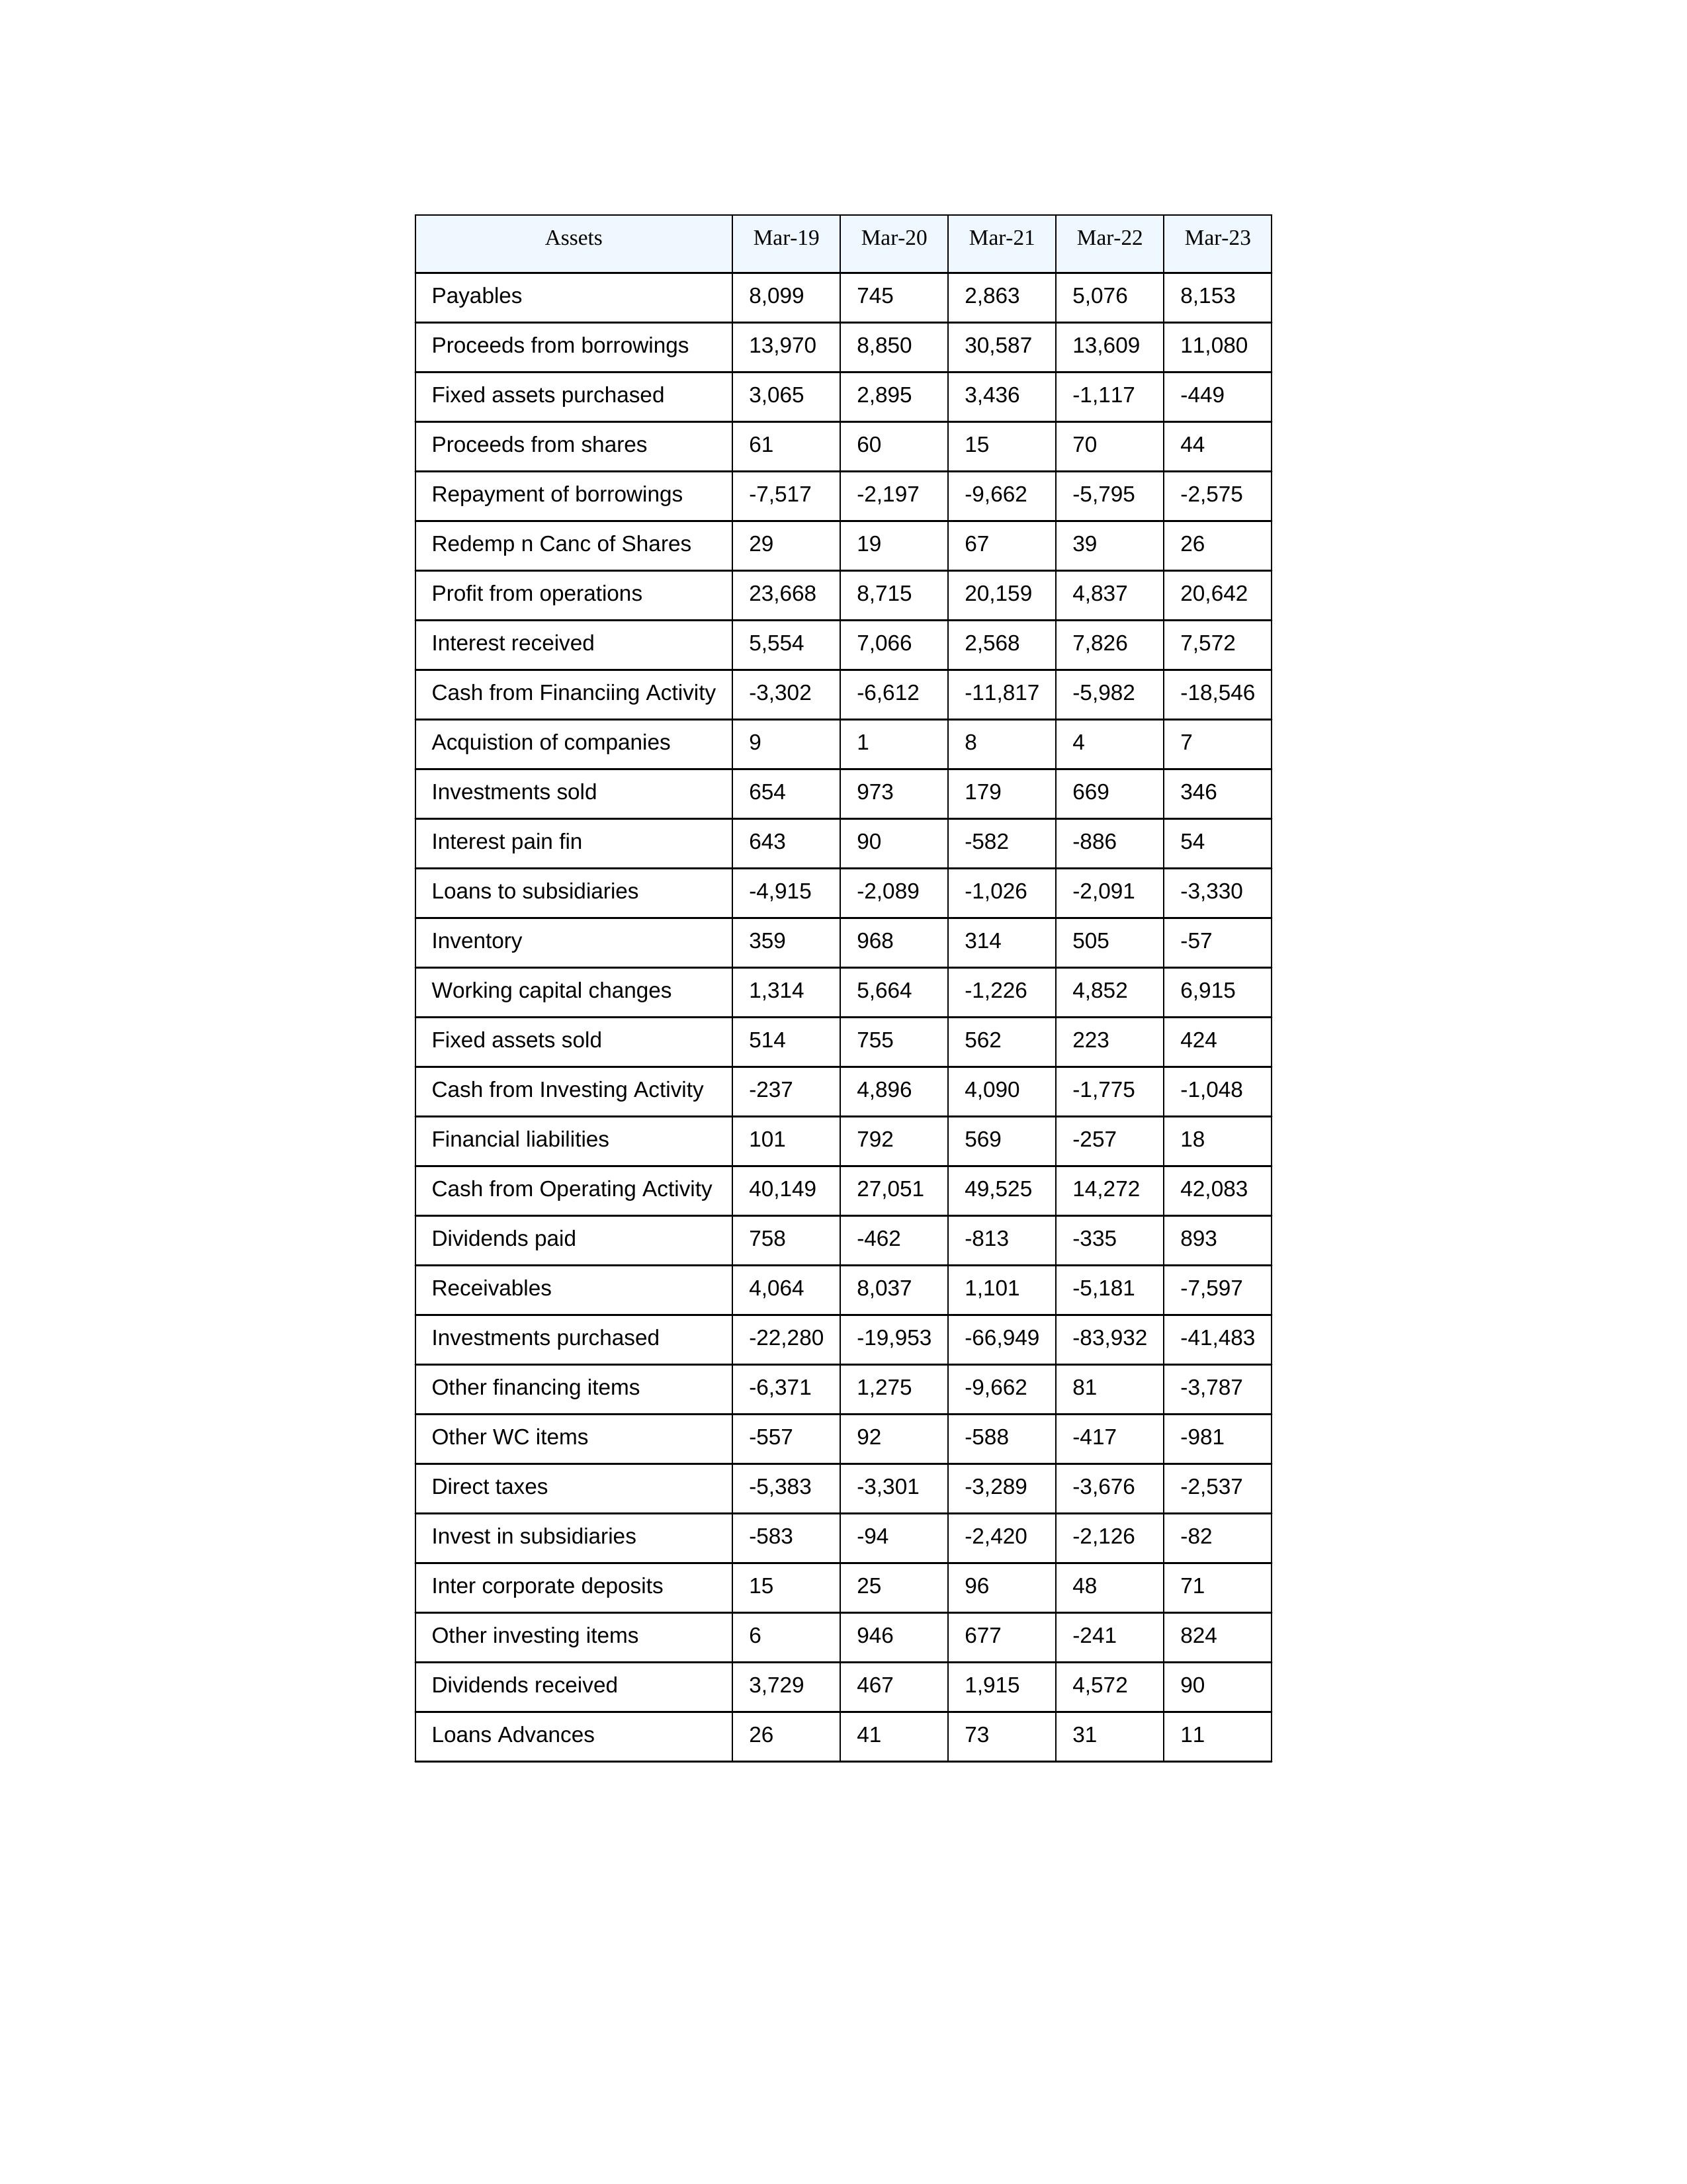
gt_parse: Mar-19: Cash from Operating Activity: 40,149
Profit from operations: 23,668
Receivables: 4,064
Inventory: 359
Payables: 8,099
Loans Advances: 26
Other WC items: -557
Working capital changes: 1,314
Direct taxes: -5,383
Cash from Investing Activity: -237
Fixed assets purchased: 3,065
Fixed assets sold: 514
Investments purchased: -22,280
Investments sold: 654
Interest received: 5,554
Dividends received: 3,729
Invest in subsidiaries: -583
Loans to subsidiaries: -4,915
Redemp n Canc of Shares: 29
Acquistion of companies: 9
Inter corporate deposits: 15
Other investing items: 6
Cash from Financiing Activity: -3,302
Proceeds from shares: 61
Proceeds from borrowings: 13,970
Repayment of borrowings: -7,517
Interest pain fin: 643
Dividends paid: 758
Financial liabilities: 101
Other financing items: -6,371
Mar-20: Cash from Operating Activity: 27,051
Profit from operations: 8,715
Receivables: 8,037
Inventory: 968
Payables: 745
Loans Advances: 41
Other WC items: 92
Working capital changes: 5,664
Direct taxes: -3,301
Cash from Investing Activity: 4,896
Fixed assets purchased: 2,895
Fixed assets sold: 755
Investments purchased: -19,953
Investments sold: 973
Interest received: 7,066
Dividends received: 467
Invest in subsidiaries: -94
Loans to subsidiaries: -2,089
Redemp n Canc of Shares: 19
Acquistion of companies: 1
Inter corporate deposits: 25
Other investing items: 946
Cash from Financiing Activity: -6,612
Proceeds from shares: 60
Proceeds from borrowings: 8,850
Repayment of borrowings: -2,197
Interest pain fin: 90
Dividends paid: -462
Financial liabilities: 792
Other financing items: 1,275
Mar-21: Cash from Operating Activity: 49,525
Profit from operations: 20,159
Receivables: 1,101
Inventory: 314
Payables: 2,863
Loans Advances: 73
Other WC items: -588
Working capital changes: -1,226
Direct taxes: -3,289
Cash from Investing Activity: 4,090
Fixed assets purchased: 3,436
Fixed assets sold: 562
Investments purchased: -66,949
Investments sold: 179
Interest received: 2,568
Dividends received: 1,915
Invest in subsidiaries: -2,420
Loans to subsidiaries: -1,026
Redemp n Canc of Shares: 67
Acquistion of companies: 8
Inter corporate deposits: 96
Other investing items: 677
Cash from Financiing Activity: -11,817
Proceeds from shares: 15
Proceeds from borrowings: 30,587
Repayment of borrowings: -9,662
Interest pain fin: -582
Dividends paid: -813
Financial liabilities: 569
Other financing items: -9,662
Mar-22: Cash from Operating Activity: 14,272
Profit from operations: 4,837
Receivables: -5,181
Inventory: 505
Payables: 5,076
Loans Advances: 31
Other WC items: -417
Working capital changes: 4,852
Direct taxes: -3,676
Cash from Investing Activity: -1,775
Fixed assets purchased: -1,117
Fixed assets sold: 223
Investments purchased: -83,932
Investments sold: 669
Interest received: 7,826
Dividends received: 4,572
Invest in subsidiaries: -2,126
Loans to subsidiaries: -2,091
Redemp n Canc of Shares: 39
Acquistion of companies: 4
Inter corporate deposits: 48
Other investing items: -241
Cash from Financiing Activity: -5,982
Proceeds from shares: 70
Proceeds from borrowings: 13,609
Repayment of borrowings: -5,795
Interest pain fin: -886
Dividends paid: -335
Financial liabilities: -257
Other financing items: 81
Mar-23: Cash from Operating Activity: 42,083
Profit from operations: 20,642
Receivables: -7,597
Inventory: -57
Payables: 8,153
Loans Advances: 11
Other WC items: -981
Working capital changes: 6,915
Direct taxes: -2,537
Cash from Investing Activity: -1,048
Fixed assets purchased: -449
Fixed assets sold: 424
Investments purchased: -41,483
Investments sold: 346
Interest received: 7,572
Dividends received: 90
Invest in subsidiaries: -82
Loans to subsidiaries: -3,330
Redemp n Canc of Shares: 26
Acquistion of companies: 7
Inter corporate deposits: 71
Other investing items: 824
Cash from Financiing Activity: -18,546
Proceeds from shares: 44
Proceeds from borrowings: 11,080
Repayment of borrowings: -2,575
Interest pain fin: 54
Dividends paid: 893
Financial liabilities: 18
Other financing items: -3,787